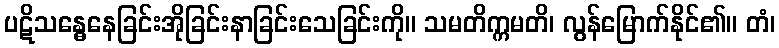
ပဋိသန္ဓေနေခြင်းအိုခြင်းနာခြင်းသေခြင်းကို။ သမတိက္ကမတိ၊ လွန်မြောက်နိုင်၏။ တံ၊